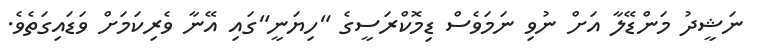
ނަޝީދު މަންޑޭލާ އަށް ނުވި ނަމަވެސް ޑިމޮކްރަސީގެ "ހިޔަނީ"ގައި އޭނާ ވެރިކަމަށް ވަޑައިގަތެވެ.